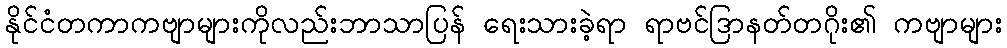
နိုင်ငံတကာကဗျာများကိုလည်းဘာသာပြန် ရေးသားခဲ့ရာ ရာဗင်ဒြာနတ်တဂိုး၏ ကဗျာများ